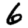
Digit: 6